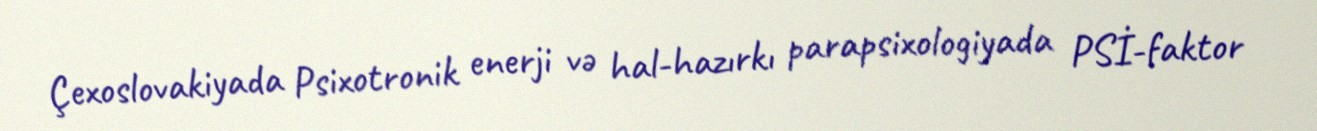
Çexoslovakiyada Psixotronik enerji və hal-hazırkı parapsixologiyada PSİ-faktor